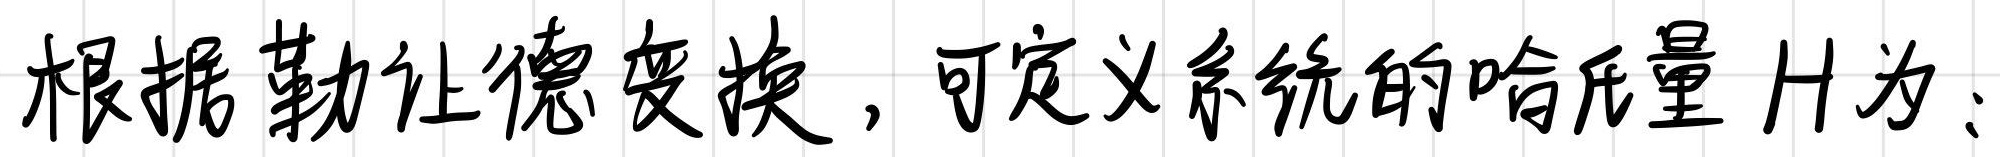
根据勒让德变换，可定义系统的哈氏量 $H$ 为：